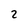
Character: 2